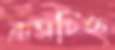
ক্রসচিহ্ন